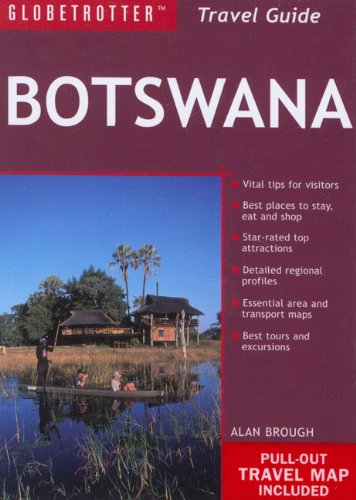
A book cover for Botswana Travel Pack (Globetrotter Travel Packs); Alan Brough; Travel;